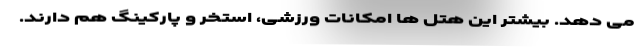
می دهد. بیشتر این هتل ها امکانات ورزشی، استخر و پارکینگ هم دارند.